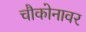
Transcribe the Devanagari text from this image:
चौकोनावर